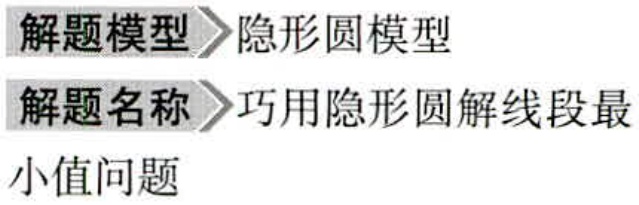
解题模型 \(\rhd\) 隐形圆模型

解题名称 \(\rhd\) 巧用隐形圆解线段最小值问题